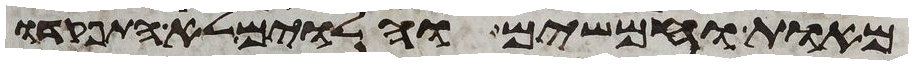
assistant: מאות וחמשים והלוים לא התפקדו